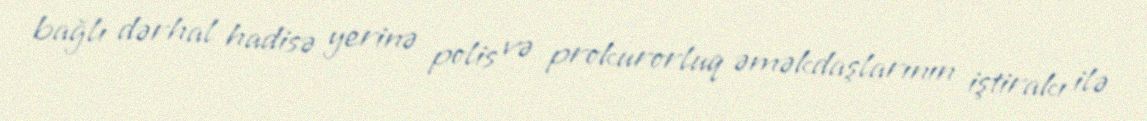
bağlı dərhal hadisə yerinə polis və prokurorluq əməkdaşlarının iştirakı ilə